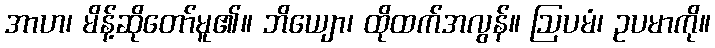
အာဟ၊ မိန့်ဆိုတော်မူ၏။ ဘိယျော၊ ထိုထက်အလွန်။ ဩပမံ၊ ဥပမာကို။